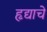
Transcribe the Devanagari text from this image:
हृद्याचे